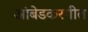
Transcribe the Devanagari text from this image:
आंबेडकरगीत